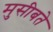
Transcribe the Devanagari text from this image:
मुसीबते